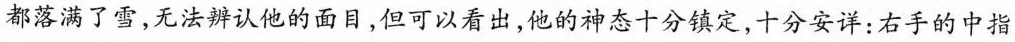
都落满了雪，无法辨认他的面目，但可以看出，他的神态十分镇定，十分安详：右手的中指